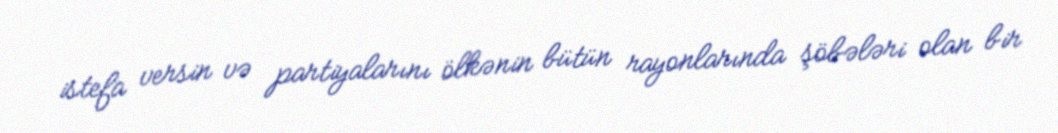
istefa versin və partiyalarını ölkənin bütün rayonlarında şöbələri olan bir